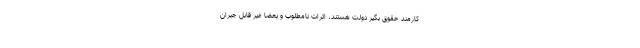
کارمند حقوق بگیر دولت هستند، اثرات نامطلوب و بعضاً غیر قابل جبران